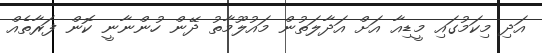
އަދި މިކަމުގައި މީޑިއާ އަށް އަދާލަތުން މައުލޫމާތު ދޭން ހުންނާނީ ކޮން ފަރާތެއް